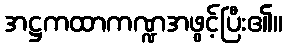
အဋ္ဌကထာကဏ္ဍအဖွင့်ပြီး၏။